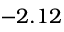
- 2 . 1 2